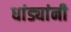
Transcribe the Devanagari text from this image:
धांड्यांनी